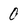
Character: 0